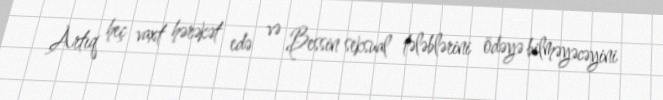
Artıq heç vaxt hərəkət edə və Bessin seksual tələblərini ödəyə bilməyəcəyini